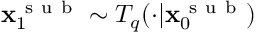
\mathbf { x } _ { 1 } ^ { \mathrm { ~ s ~ u ~ b ~ } } \sim T _ { q } ( \cdot | \mathbf { x } _ { 0 } ^ { \mathrm { ~ s ~ u ~ b ~ } } )